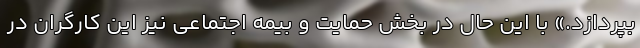
بپردازد.» با این حال در بخش حمایت و بیمه اجتماعی نیز این کارگران در